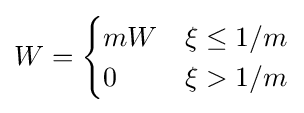
W={\begin{cases}mW&\xi \leq 1/m\\0&\xi >1/m\end{cases}}